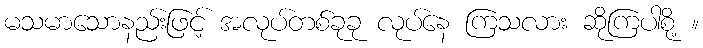
မသမာသောနည်းဖြင့် အလုပ်တစ်ခုခု လုပ်နေ ကြသလား ဆိုကြပါစို့ ။